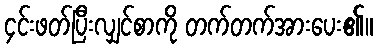
၄င်းဖတ်ပြီးလျှင်စာကို တက်တက်အားပေး၏။